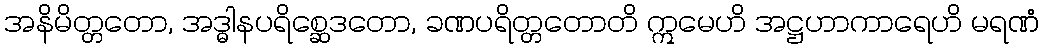
အနိမိတ္တတော, အဒ္ဓါနပရိစ္ဆေဒတော, ခဏပရိတ္တတောတိ ဣမေဟိ အဋ္ဌဟာကာရေဟိ မရဏံ